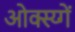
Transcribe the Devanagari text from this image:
ओक्स्य्गें